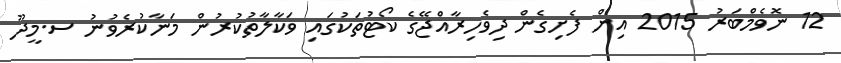
12 ނޮވެމްބަރު 2015 އިން ފެށިގެން ދިވެހިރާއްޖޭގެ ކޯޓުތަކުގައި ވަކާލާތުކުރުން މަނާކުރެވުނު ސ.މީދޫ